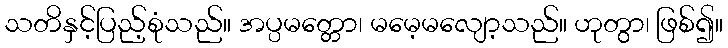
သတိနှင့်ပြည့်စုံသည်။ အပ္ပမတ္တော၊ မမေ့မလျော့သည်။ ဟုတွာ၊ ဖြစ်၍။